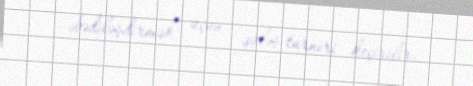
əbədiləşdirmək üçun güləş turniri keçirilir.